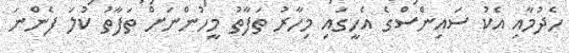
ހެދުމާއި އެކު ސައިންސްގެ އެހީގައި މިހާރު ތަފާތު މީހުންނަށް ތަފާތު ކުލަ ފެންނަ